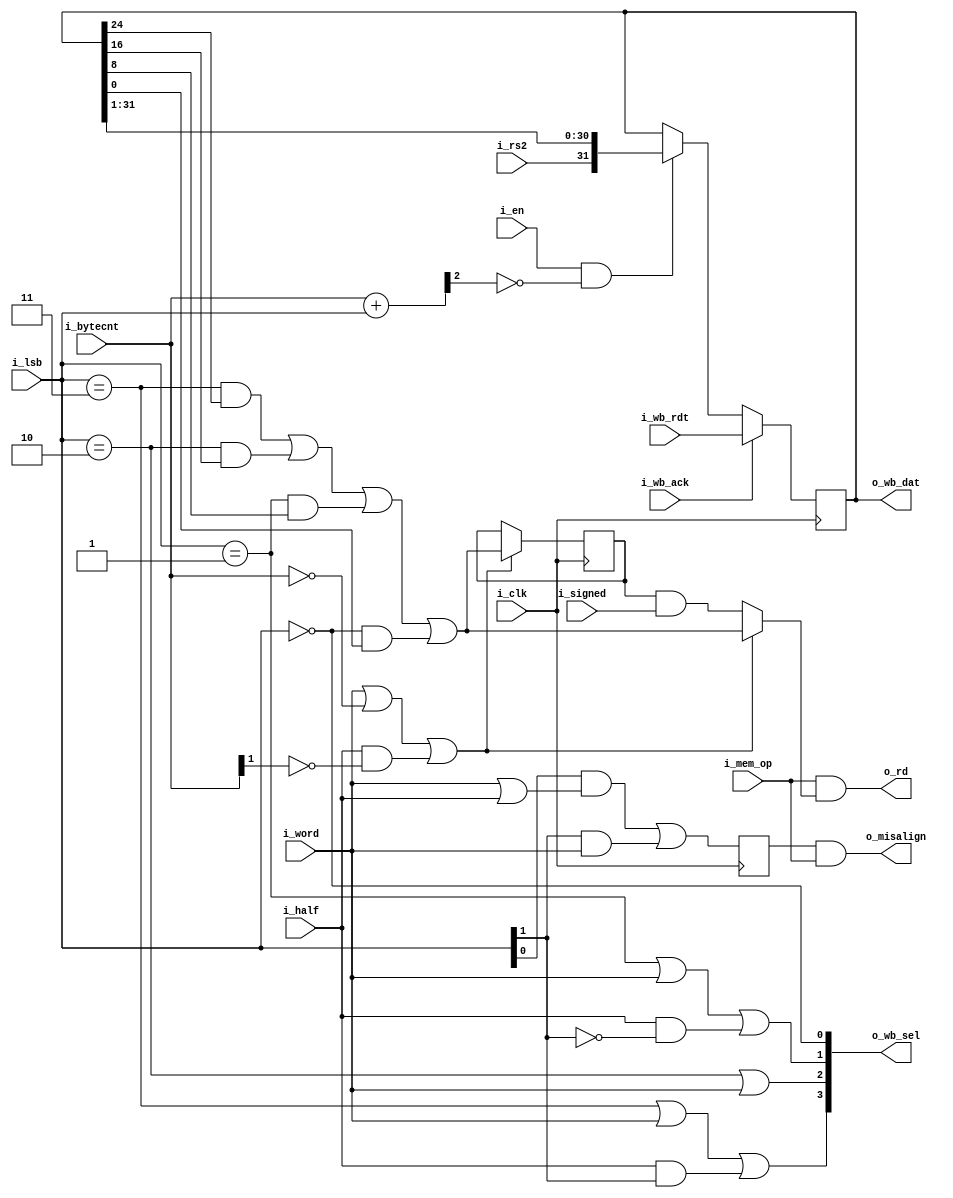
`default_nettype none
module serv_mem_if
  #(parameter WITH_CSR = 1)
  (
   input wire 	      i_clk,
   input wire 	      i_en,
   input wire 	      i_mem_op,
   input wire 	      i_signed,
   input wire 	      i_word,
   input wire 	      i_half,
   input wire [1:0]   i_bytecnt,
   input wire 	      i_rs2,
   output wire 	      o_rd,
   input wire [1:0]   i_lsb,
   output wire 	      o_misalign,
   //External interface
   output wire [31:0] o_wb_dat,
   output wire [3:0]  o_wb_sel,
   input wire [31:0]  i_wb_rdt,
   input wire 	      i_wb_ack);

   reg           signbit;

   wire [2:0] 	 tmp = {1'b0,i_bytecnt}+{1'b0,i_lsb};

   reg [31:0] dat;

   wire dat_en = i_en & !tmp[2];

   wire 	 dat_cur =
		 ((i_lsb == 2'd3) & dat[24]) |
		 ((i_lsb == 2'd2) & dat[16]) |
		 ((i_lsb == 2'd1) & dat[8]) |
		 ((i_lsb == 2'd0) & dat[0]);

   wire dat_valid = i_word | (i_bytecnt == 2'b00) | (i_half & !i_bytecnt[1]);

   assign o_rd = i_mem_op & (dat_valid ? dat_cur : signbit & i_signed);

   assign o_wb_sel[3] = (i_lsb == 2'b11) | i_word | (i_half & i_lsb[1]);
   assign o_wb_sel[2] = (i_lsb == 2'b10) | i_word;
   assign o_wb_sel[1] = (i_lsb == 2'b01) | i_word | (i_half & !i_lsb[1]);
   assign o_wb_sel[0] = (i_lsb == 2'b00);

   assign o_wb_dat = dat;

   always @(posedge i_clk) begin
      if (dat_en)
	dat <= {i_rs2, dat[31:1]};

      if (i_wb_ack)
	dat <= i_wb_rdt;

      if (dat_valid)
        signbit <= dat_cur;
   end
   generate
      if (WITH_CSR) begin
	 reg 		 misalign;
	 always @(posedge i_clk)
	   misalign <= (i_lsb[0] & (i_word | i_half)) | (i_lsb[1] & i_word);
	 assign o_misalign = misalign & i_mem_op;
      end else begin
	 assign o_misalign = 1'b0;
      end
   endgenerate

endmodule